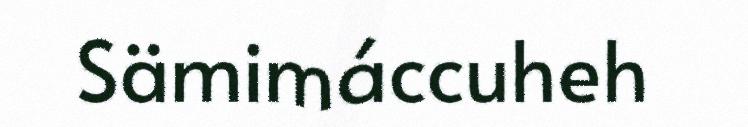
Sämimáccuheh